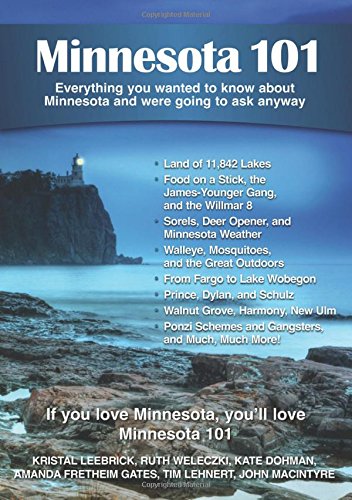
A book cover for Minnesota 101: Everything You Wanted to Know About Minnesota and Were Going to Ask Anyway; Jan Matthews; Travel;